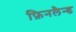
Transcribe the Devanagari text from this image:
फ़िनलैन्ड